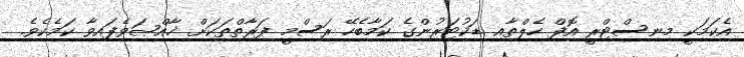
އެކަމަކީ މިނިސްޓްރީ އޮފް ހެލްތާއި ޑަކުޓަރުންގެ ކަމާބެހޭ ރަސްމީ ފަރާތްތަކަށް ޚާއްޞަވެފައިވާ ކަމެކެވެ.